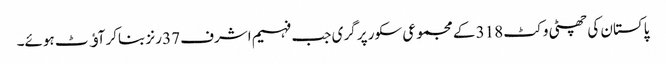
پاکستان کی چھٹی وکٹ 318 کے مجموعی سکور پر گری جب فہیم اشرف 37 رنز بناکر آﺅٹ ہوئے۔